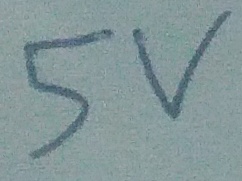
Text: 5V